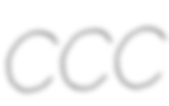
CCC